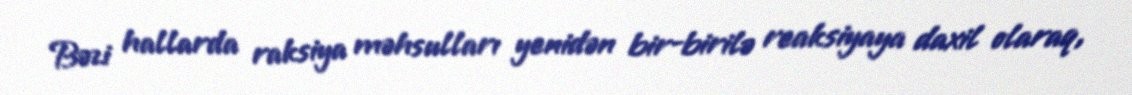
Bəzi hallarda raksiya məhsulları yenidən bir-birilə reaksiyaya daxil olaraq,